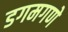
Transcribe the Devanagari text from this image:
डगमगणे